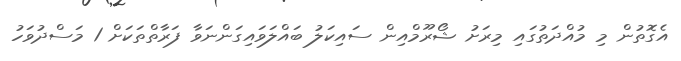
އެގޮތުން މި މުއްދަތުގައި މިރަށު ޝޯރޫމްއިން ސައިކަލު ބައްލަވައިގަންނަވާ ފަރާތްތަކަށް 1 މަސްދުވަހު